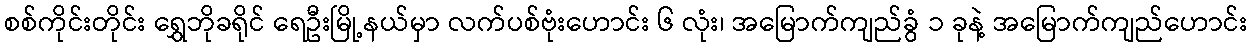
စစ်ကိုင်းတိုင်း ရွှေဘိုခရိုင် ရေဦးမြို့နယ်မှာ လက်ပစ်ဗုံးဟောင်း ၆ လုံး၊ အမြောက်ကျည်ခွံ ၁ ခုနဲ့ အမြောက်ကျည်ဟောင်း